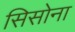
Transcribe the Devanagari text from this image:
सिसोना